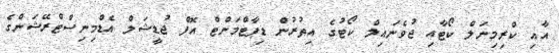
އާއި ކްރިމިނަލް ކޯޓާއި ޖުވެނައިލް ކޯޓުގެ އިތުރުން ޑިޕާޓްމަންޓް އޮފް ޖުޑީޝަލް އެޑްމިނިސްޓްރޭޝަންގެ